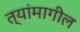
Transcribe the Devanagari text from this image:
त्यांमागील